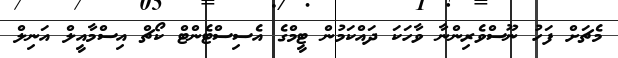
މެޗަށް ފަހު ނޫސްވެރިންނާ ވާހަކަ ދައްކަމުން ޓީމްގެ އެސިސްޓެންޓް ކޯޗް އިސްމާއީލް އަނިލް